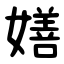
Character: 嫸